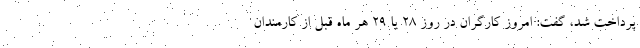
پرداخت شد، گفت: امروز کارگران در روز ۲۸ یا ۲۹ هر ماه قبل از کارمندان